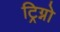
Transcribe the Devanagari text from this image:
ट्रिग्नो